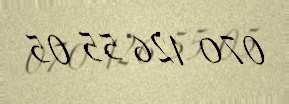
070 126 55 05